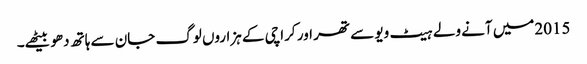
2015میں آنے ولے ہیٹ ویو سے تھر اور کراچی کے ہزاروں لوگ جان سے ہاتھ دھو بیٹھے۔